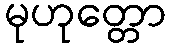
မုဟုတ္တော